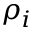
\rho _ { i }